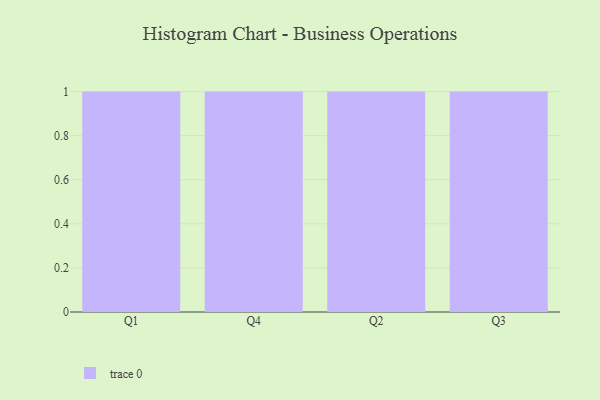
{"axis": {"x": "Quarter", "y": "Customer Acquisition Cost (USD)"}, "legend": [""], "data": [{"x": "Q1", "y": 41, "type": ""}, {"x": "Q4", "y": 87, "type": ""}, {"x": "Q2", "y": 70, "type": ""}, {"x": "Q3", "y": 29, "type": ""}]}